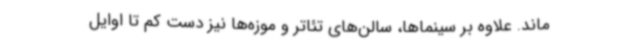
ماند. علاوه بر سینماها، سالن‌های تئاتر و موزه‌ها نیز دست کم تا اوایل